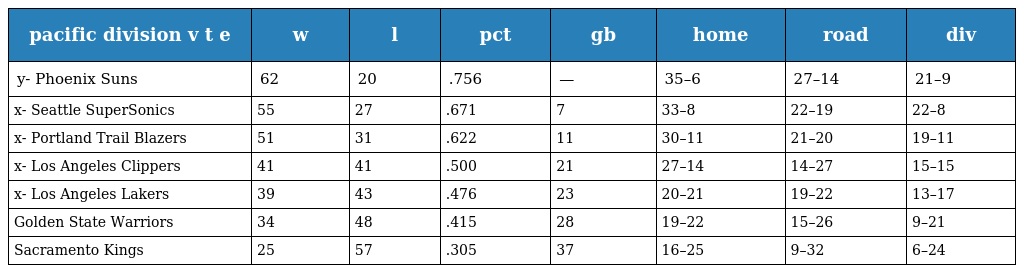
| pacific division v t e | w | l | pct | gb | home | road | div |
 | --- | --- | --- | --- | --- | --- | --- | --- |
 | y- Phoenix Suns | 62 | 20 | .756 | — | 35–6 | 27–14 | 21–9 |
 | x- Seattle SuperSonics | 55 | 27 | .671 | 7 | 33–8 | 22–19 | 22–8 |
 | x- Portland Trail Blazers | 51 | 31 | .622 | 11 | 30–11 | 21–20 | 19–11 |
 | x- Los Angeles Clippers | 41 | 41 | .500 | 21 | 27–14 | 14–27 | 15–15 |
 | x- Los Angeles Lakers | 39 | 43 | .476 | 23 | 20–21 | 19–22 | 13–17 |
 | Golden State Warriors | 34 | 48 | .415 | 28 | 19–22 | 15–26 | 9–21 |
 | Sacramento Kings | 25 | 57 | .305 | 37 | 16–25 | 9–32 | 6–24 |